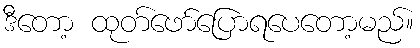
ဒီတော့ ထုတ်ဖော်ပြောရပေတော့မည်။